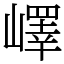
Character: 嶧